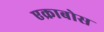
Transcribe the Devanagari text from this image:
एक्राबोस